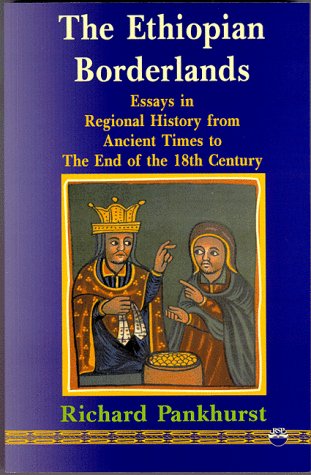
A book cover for The Ethiopian Borderlands: Essays in Regional History from Ancient Times to the End of the 18th Century; Richard Pankhurst; History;